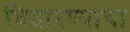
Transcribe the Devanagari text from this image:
चितारण्याचा